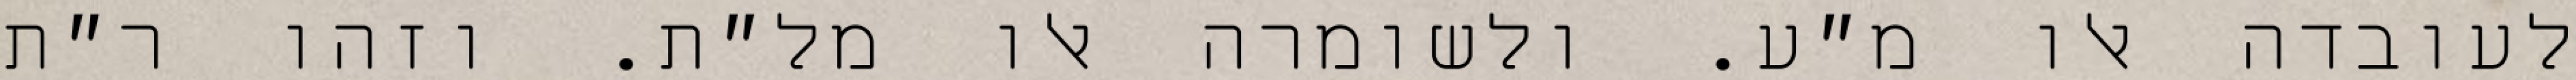
לעובדה אלו מ״ע. ולשומרה אלו מל״ת. וזהו ר״ת